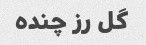
گل رز چنده